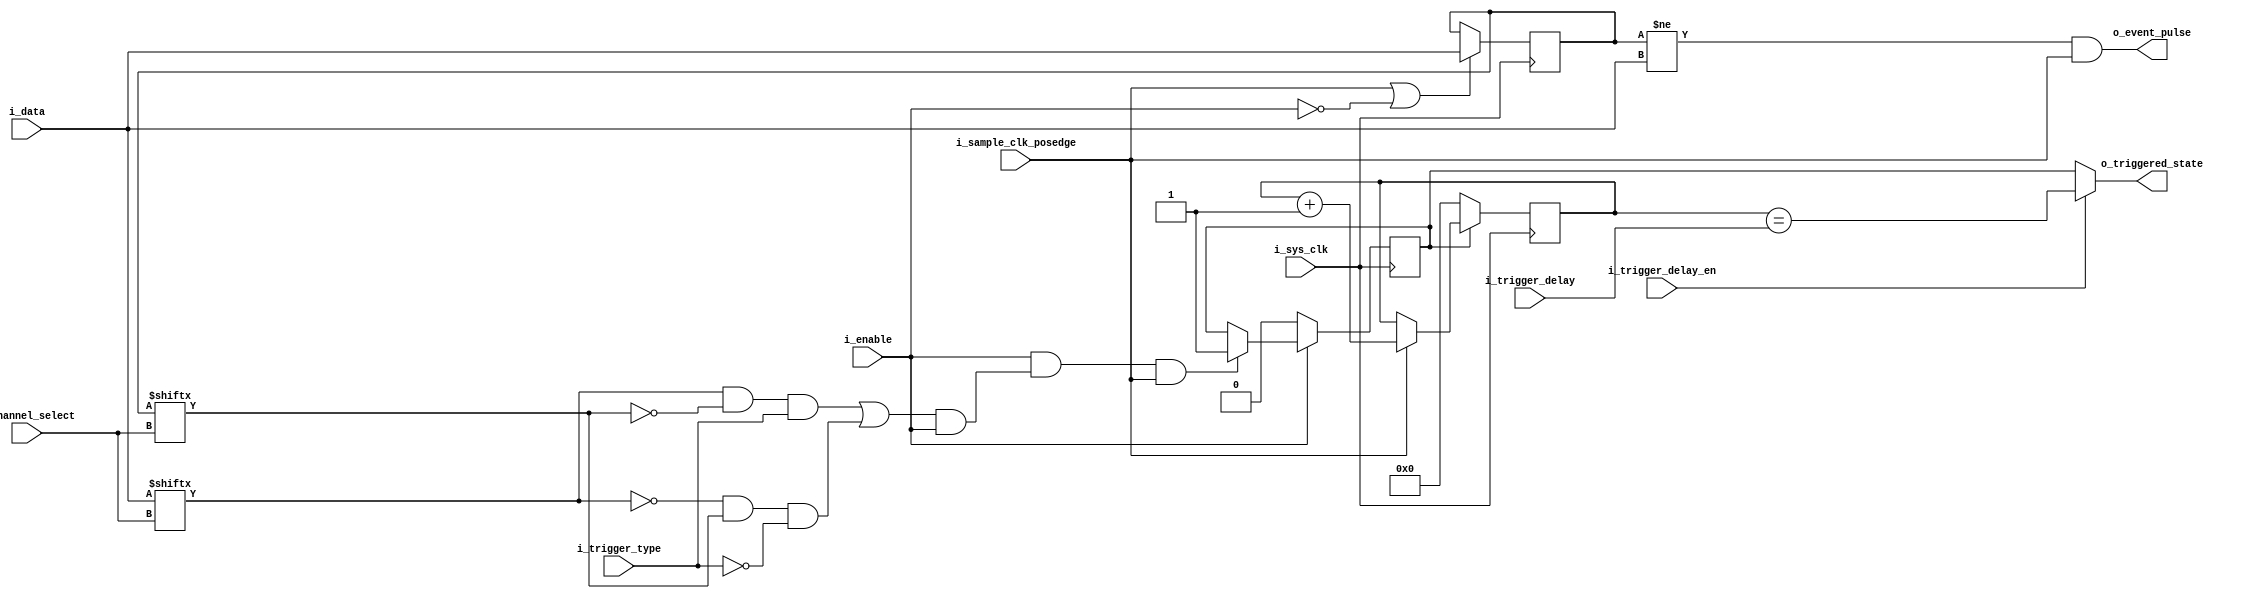
// This program was cloned from: https://github.com/lekgolo167/enxor-logic-analyzer
// License: GNU General Public License v3.0

`timescale 1ns / 1ps
//////////////////////////////////////////////////////////////////////////////////
// Company: 
// 
// Design Name: 
// Module Name: Trigger_Controller
// Project Name: Enxor Logic Analyzer
// Target Devices: 
// Tool Versions: 
// Description: 
// 
//      Copyright (C) 2021  Matthew Crump
//
// 		This program is free software: you can redistribute it and/or modify
// 		it under the terms of the GNU General Public License as published by
// 		the Free Software Foundation, either version 3 of the License, or
// 		(at your option) any later version.
//
// 		This program is distributed in the hope that it will be useful,
// 		but WITHOUT ANY WARRANTY; without even the implied warranty of
// 		MERCHANTABILITY or FITNESS FOR A PARTICULAR PURPOSE.  See the
// 		GNU General Public License for more details.
//
// 		You should have received a copy of the GNU General Public License
// 		along with this program.  If not, see <https://www.gnu.org/licenses/>.
//
// Dependencies: 
// 
// Revision:
// Revision 0.01 - File Created
// Additional Comments:
// 
//////////////////////////////////////////////////////////////////////////////////


module Trigger_Controller #(parameter DATA_WIDTH = 8)(
    input i_sys_clk,
    input [DATA_WIDTH-1:0] i_data,
    input [$clog2(DATA_WIDTH)-1:0] i_channel_select,
    input i_trigger_type,
    input i_enable,
    input i_sample_clk_posedge,
    input i_trigger_delay_en,
    input [7:0] i_trigger_delay,
    output o_triggered_state,
    output o_event_pulse
    );
    
    reg [DATA_WIDTH-1:0] r_last;
    reg r_trigger_event;
    wire pe, ne, w_trigger_pulse;
    reg [7:0] trigger_delay_count;
    wire delayed_trigger_event;
    
    assign w_trigger_pulse = ((pe & i_trigger_type) | (ne & ~i_trigger_type)) & i_enable;
    assign o_triggered_state = i_trigger_delay_en ? delayed_trigger_event : r_trigger_event;
    assign o_event_pulse = (r_last != i_data) & i_sample_clk_posedge;
    
    always @(posedge i_sys_clk) begin
        if (i_sample_clk_posedge || !i_enable) begin
            r_last <= i_data;
        end
    end // End always
    
    // Posedge detection
    assign pe = i_data[i_channel_select] & ~r_last[i_channel_select];
    // Negedge detection
    assign ne = ~i_data[i_channel_select] & r_last[i_channel_select];
    
    always @(posedge i_sys_clk) begin
        if (!i_enable) begin
            r_trigger_event <= 0;
        end
        else if (i_enable & w_trigger_pulse & i_sample_clk_posedge) begin
            r_trigger_event <= 1;
        end
    end // End always
    
    // trigger delay if enabled
    assign delayed_trigger_event = (trigger_delay_count == i_trigger_delay);
    always @(posedge i_sys_clk) begin
        if (r_trigger_event) begin
            if (i_sample_clk_posedge) begin
                trigger_delay_count <= trigger_delay_count + 1;
            end
        end
        else begin
            trigger_delay_count <= 0;
        end
    end
    
endmodule